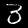
Label: 3